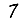
Digit: 7